Bréfritari: Guðmundur Guðmundsson
Viðtakandi: Einar Friðgeirsson
Dagsetning: A-1892-02-18
Skrifað á: Akranesi  Borg.

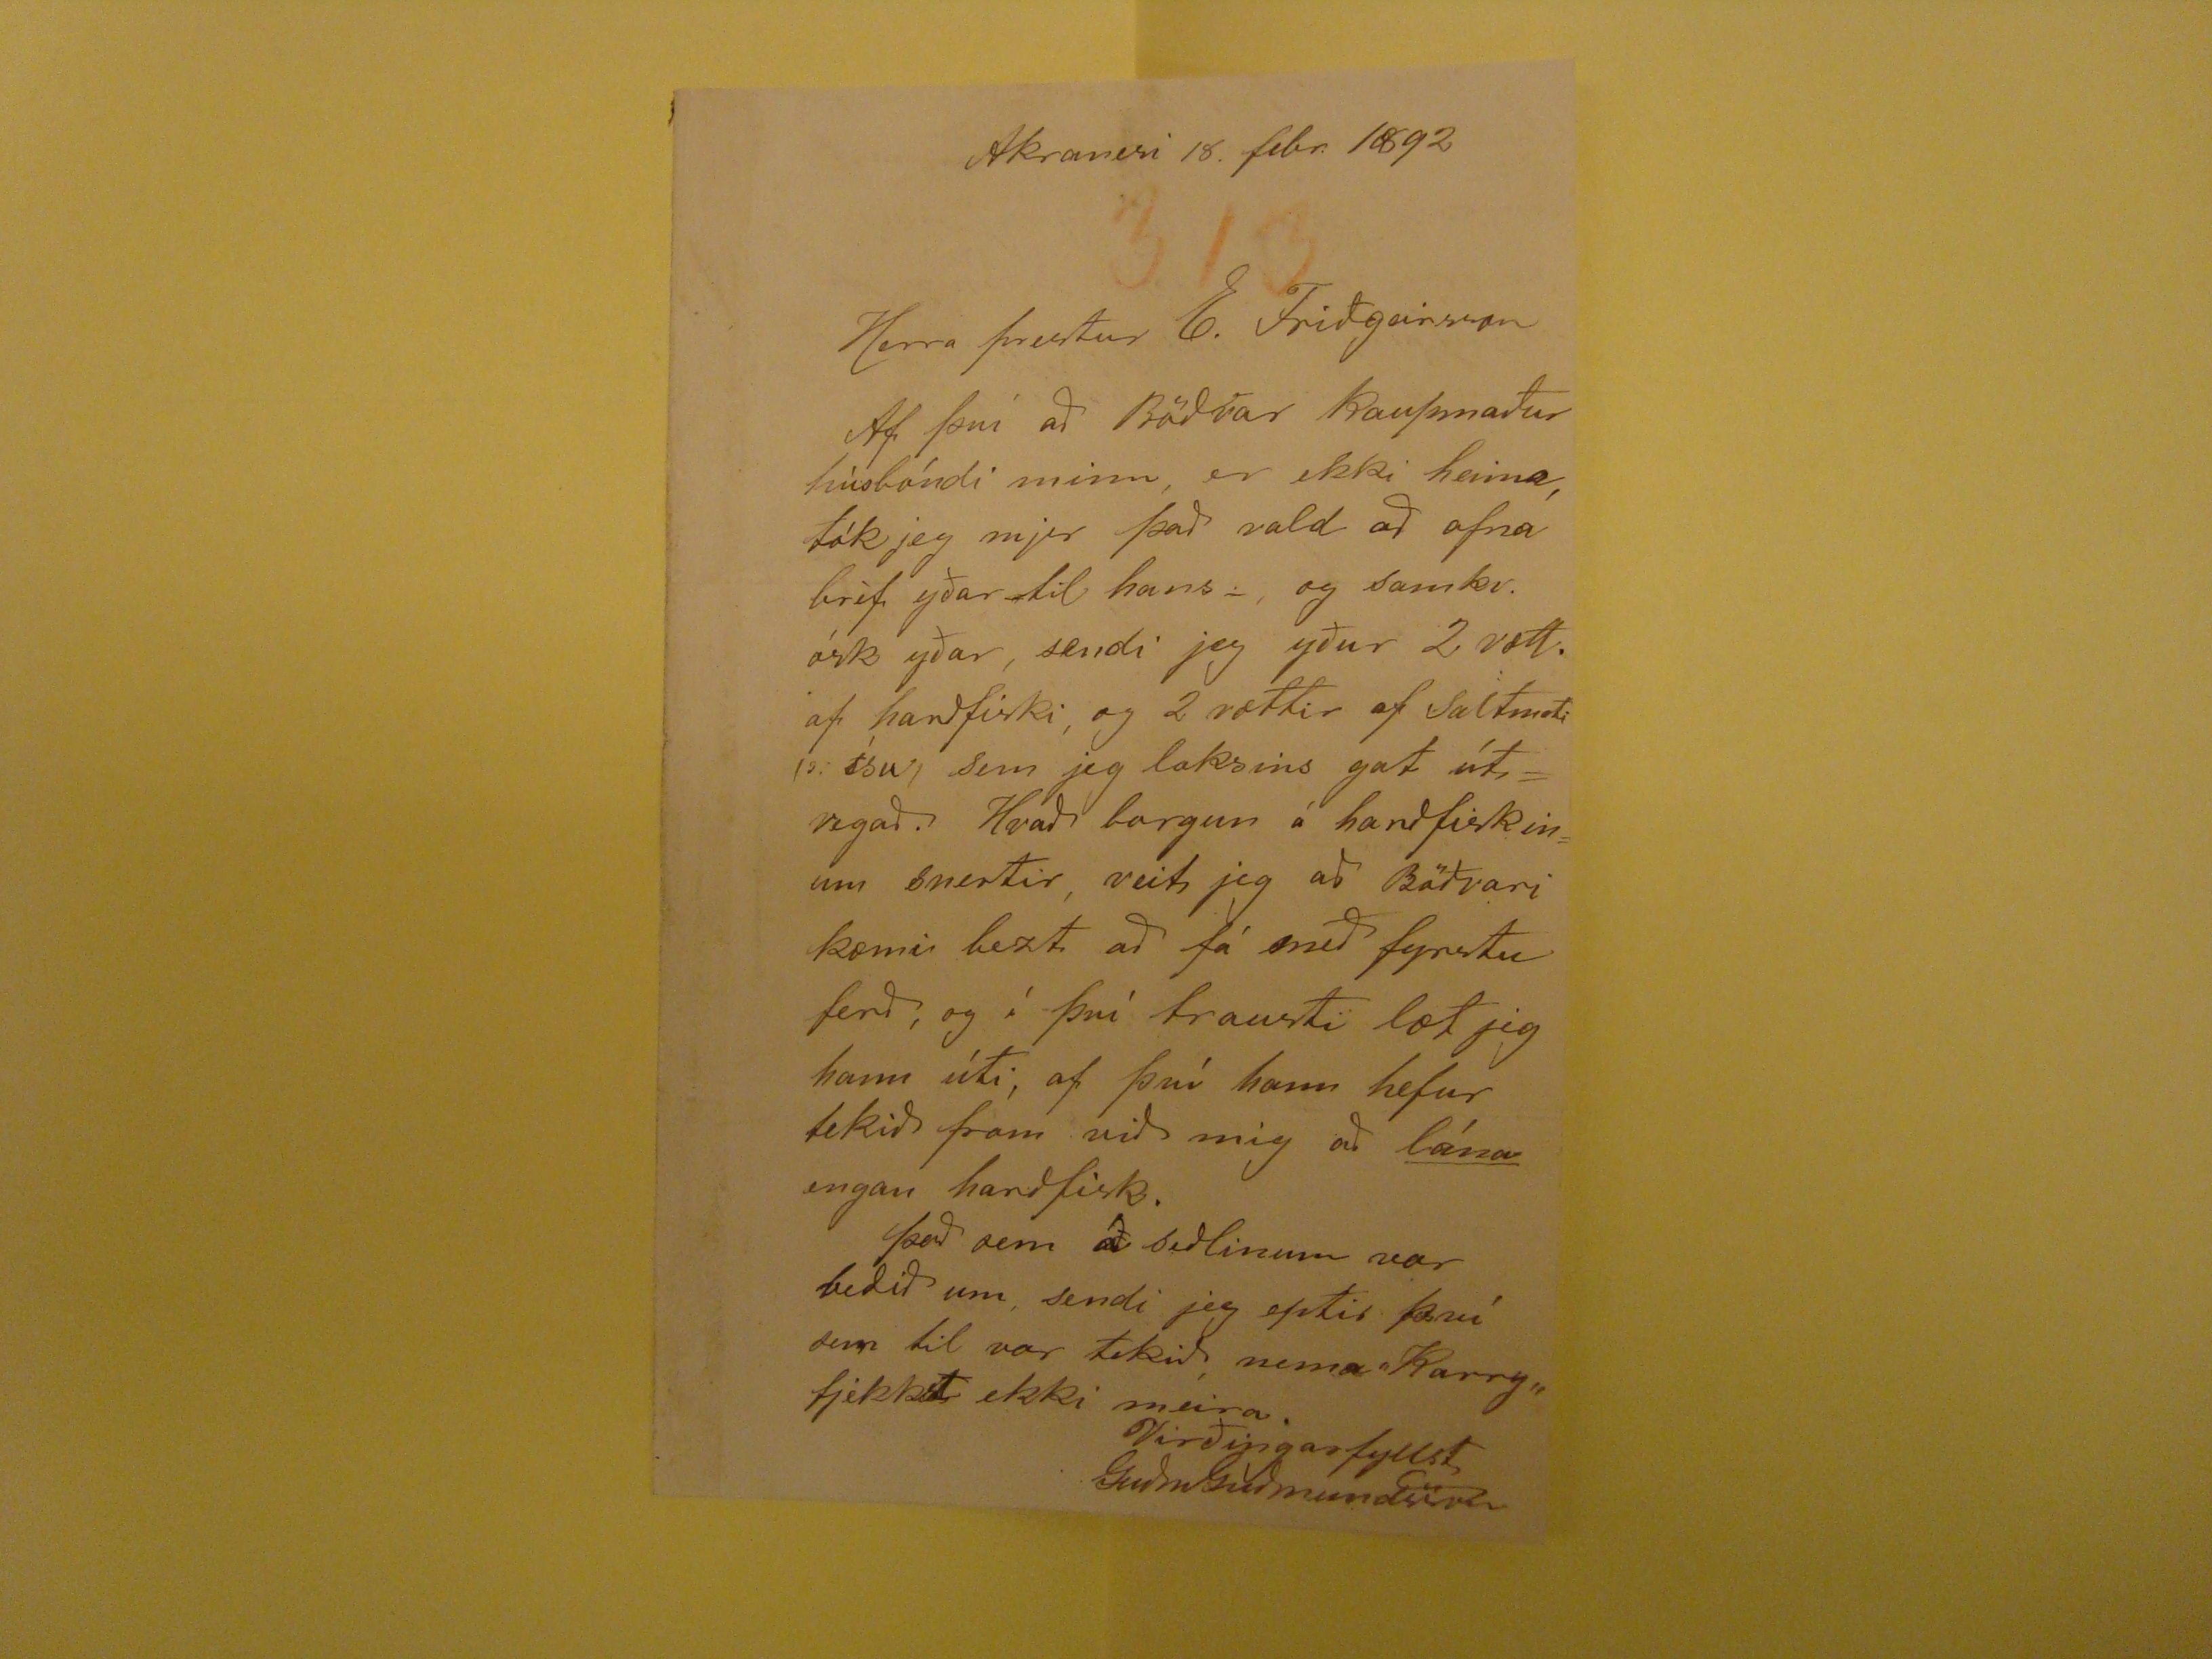

Akranesi 18. febr. 1892
Herra prestur E. Friðgeirsson
Af því að Böðvar Kaupmaður húsbóndi minn, er ekki heima, tók jeg mjer það vald að afná bréf yðar til hans -, og samkv. ósk yðar, sendi jeg yður 2 vætt af
harðfiski, og 2 vættir af
Saltmoti ?? ísu,
sem jeg loksins gat útvegað. Hvað borgun á harðfiskinum snertir, veit jeg að Böðvari kæmi bezt að fá
með fyrstu ferð, og í því trausti læt jeg hann úti, af því hann hefur tekið fram við mig að
lána
engan harðfisk. Það sem á seðlinum var
beðið um, sendi jeg eptir því sem til var tekið, nema Karry,, fjekkst ekki meira.
Virðingarfyllst
GuðmGuðmundsson